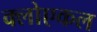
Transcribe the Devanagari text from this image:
क्लोएकल